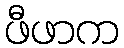
ဖီဖာက